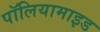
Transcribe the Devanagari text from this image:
पॉलियामाइड